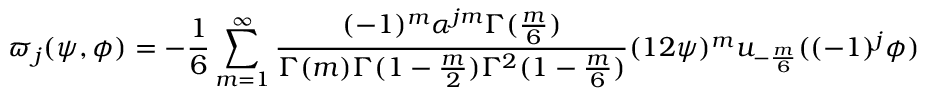
\varpi _ { j } ( \psi , \phi ) = - \frac { 1 } { 6 } \sum _ { m = 1 } ^ { \infty } \frac { ( - 1 ) ^ { m } \alpha ^ { j m } \Gamma ( \frac { m } { 6 } ) } { \Gamma ( m ) \Gamma ( 1 - \frac { m } { 2 } ) \Gamma ^ { 2 } ( 1 - \frac { m } { 6 } ) } ( 1 2 \psi ) ^ { m } u _ { - \frac { m } { 6 } } ( ( - 1 ) ^ { j } \phi )